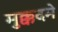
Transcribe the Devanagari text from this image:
मुक्कदमे